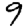
Digit: 9